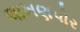
લાખણપોર